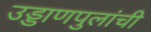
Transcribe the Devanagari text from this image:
उड्डाणपुलांची